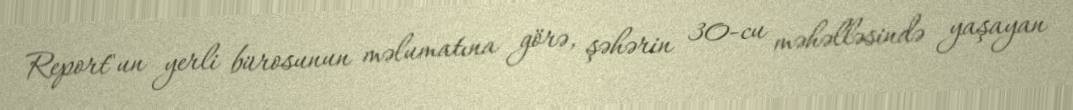
Report"un yerli bürosunun məlumatına görə, şəhərin 30-cu məhəlləsində yaşayan